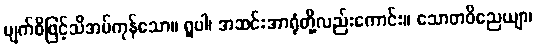
မျက်စိဖြင့်သိအပ်ကုန်သော။ ရူပါ၊ အဆင်းအာရုံတို့လည်းကောင်း။ သောတဝိညေယျာ၊